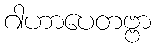
ဂါဟာပေတဗ္ဗာ